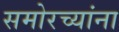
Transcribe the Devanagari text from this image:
समोरच्यांना